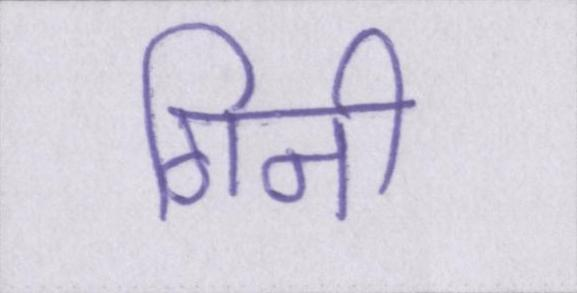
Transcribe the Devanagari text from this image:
गिनी